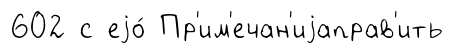
602 с еjо́ Пр'им'ечан'иjаправ'ить